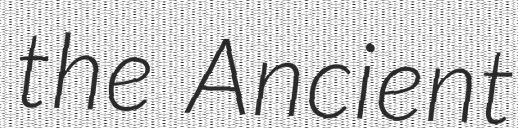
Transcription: the Ancient